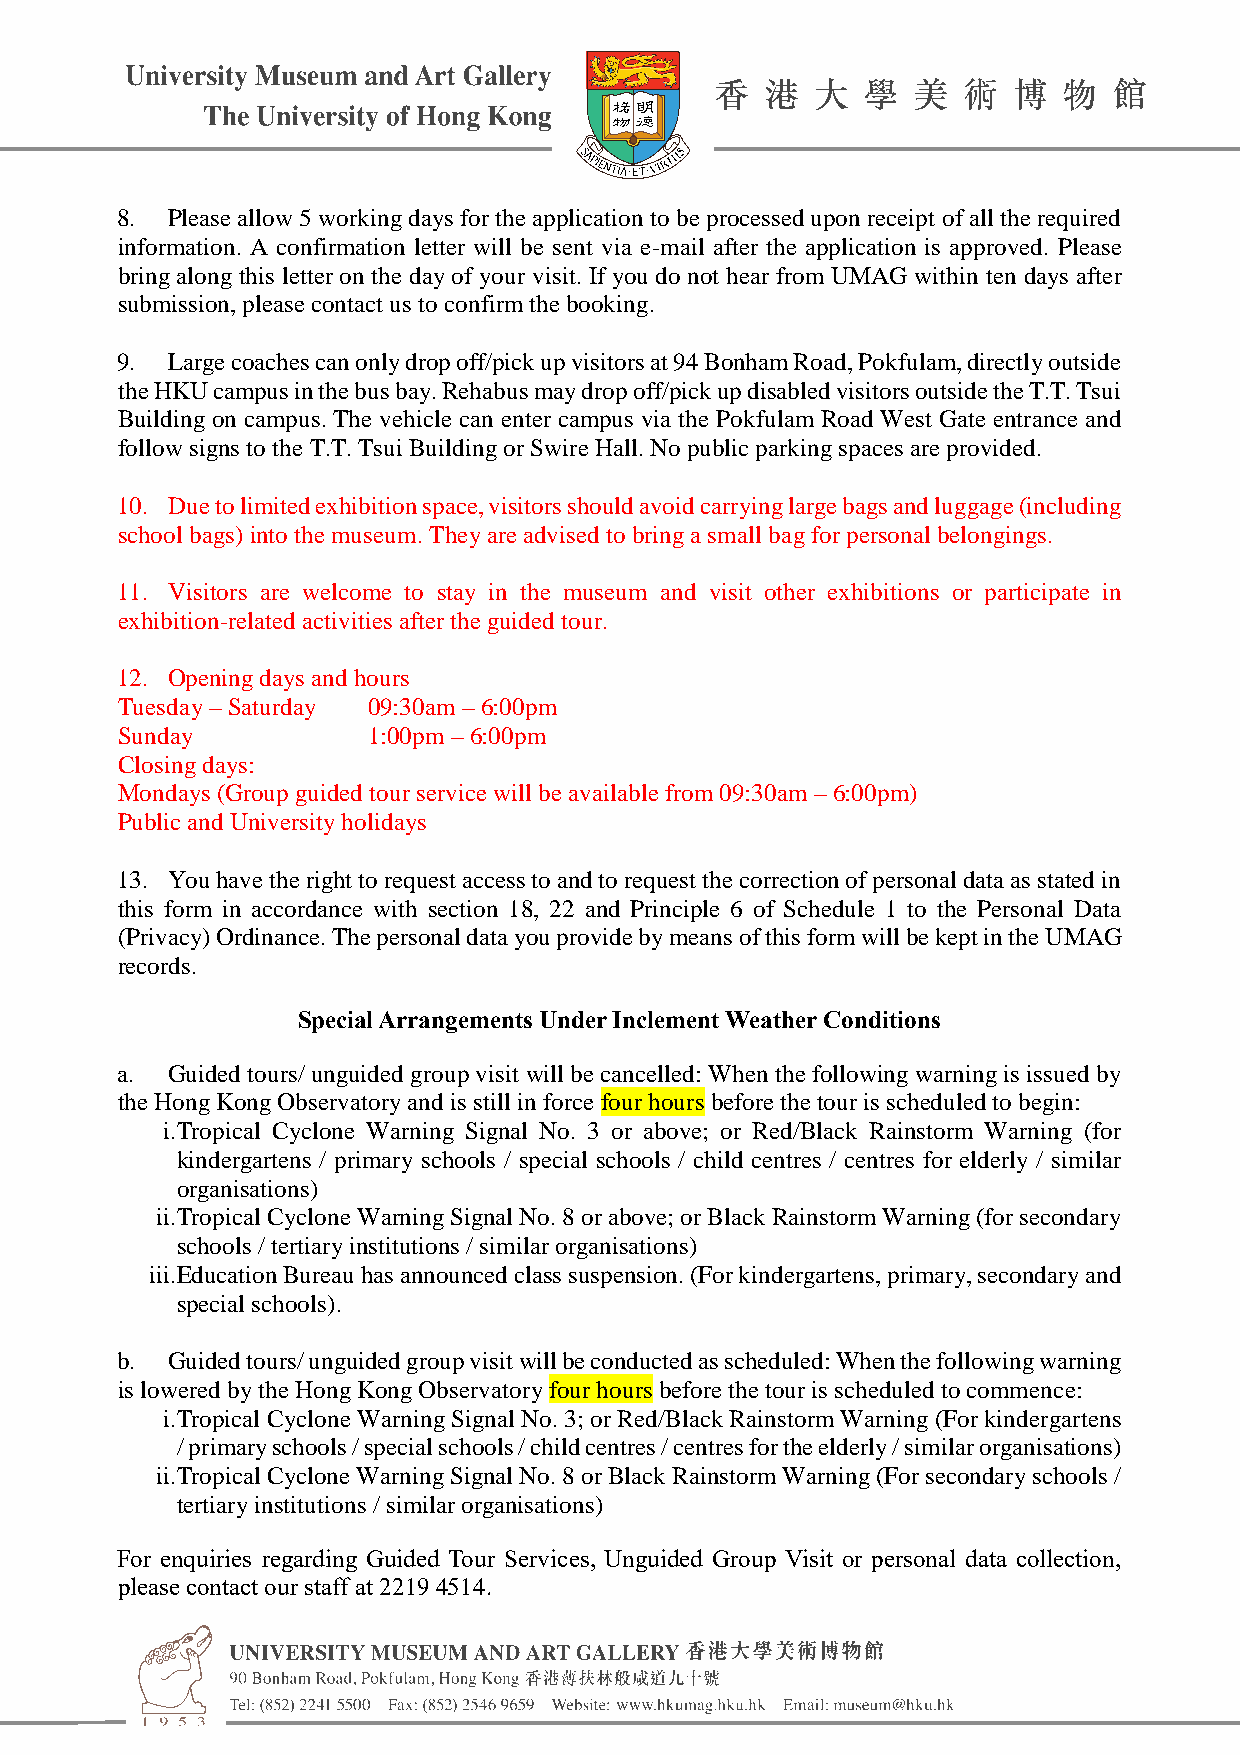
8. Please allow 5 working days for the application to be processed upon receipt of all the required
 information. A confirmation letter will be sent via e-mail after the application is approved. Please
 bring along this letter on the day of your visit. If you do not hear from UMAG within ten days after
 submission, please contact us to confirm the booking.
 9. Large coaches can only drop off/pick up visitors at 94 Bonham Road, Pokfulam, directly outside
 the HKU campus in the bus bay. Rehabus may drop off/pick up disabled visitors outside the T.T. Tsui
 Building on campus. The vehicle can enter campus via the Pokfulam Road West Gate entrance and
 follow signs to the T.T. Tsui Building or Swire Hall. No public parking spaces are provided.
 10. Due to limited exhibition space, visitors should avoid carrying large bags and luggage (including
 school bags) into the museum. They are advised to bring a small bag for personal belongings.
 11. Visitors are welcome to stay in the museum and visit other exhibitions or participate in
 exhibition-related activities after the guided tour.
 12. Opening days and hours
 Tuesday – Saturday 09:30am – 6:00pm
 Sunday          1:00pm – 6:00pm
 Closing days:
 Mondays (Group guided tour service will be available from 09:30am – 6:00pm)
 Public and University holidays
 13. You have the right to request access to and to request the correction of personal data as stated in
 this form in accordance with section 18, 22 and Principle 6 of Schedule 1 to the Personal Data
 (Privacy) Ordinance. The personal data you provide by means of this form will be kept in the UMAG
 records.
 Special Arrangements Under Inclement Weather Conditions
 a. Guided tours/ unguided group visit will be cancelled: When the following warning is issued by
 the Hong Kong Observatory and is still in force four hours before the tour is scheduled to begin:
 i. Tropical Cyclone Warning Signal No. 3 or above; or Red/Black Rainstorm Warning (for
 kindergartens / primary schools / special schools / child centres / centres for elderly / similar
 organisations)
 ii. Tropical Cyclone Warning Signal No. 8 or above; or Black Rainstorm Warning (for secondary
 schools / tertiary institutions / similar organisations)
 iii. Education Bureau has announced class suspension. (For kindergartens, primary, secondary and
 special schools).
 b. Guided tours/ unguided group visit will be conducted as scheduled: When the following warning
 is lowered by the Hong Kong Observatory four hours before the tour is scheduled to commence:
 i. Tropical Cyclone Warning Signal No. 3; or Red/Black Rainstorm Warning (For kindergartens
 / primary schools / special schools / child centres / centres for the elderly / similar organisations)
 ii. Tropical Cyclone Warning Signal No. 8 or Black Rainstorm Warning (For secondary schools /
 tertiary institutions / similar organisations)
 For enquiries regarding Guided Tour Services, Unguided Group Visit or personal data collection,
 please contact our staff at 2219 4514.